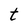
Character: t